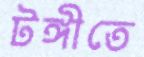
টঙ্গীতে